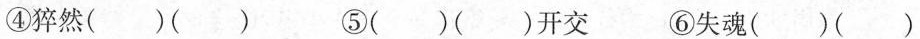
④猝然()() ⑤()()开交 ⑥失魂()()